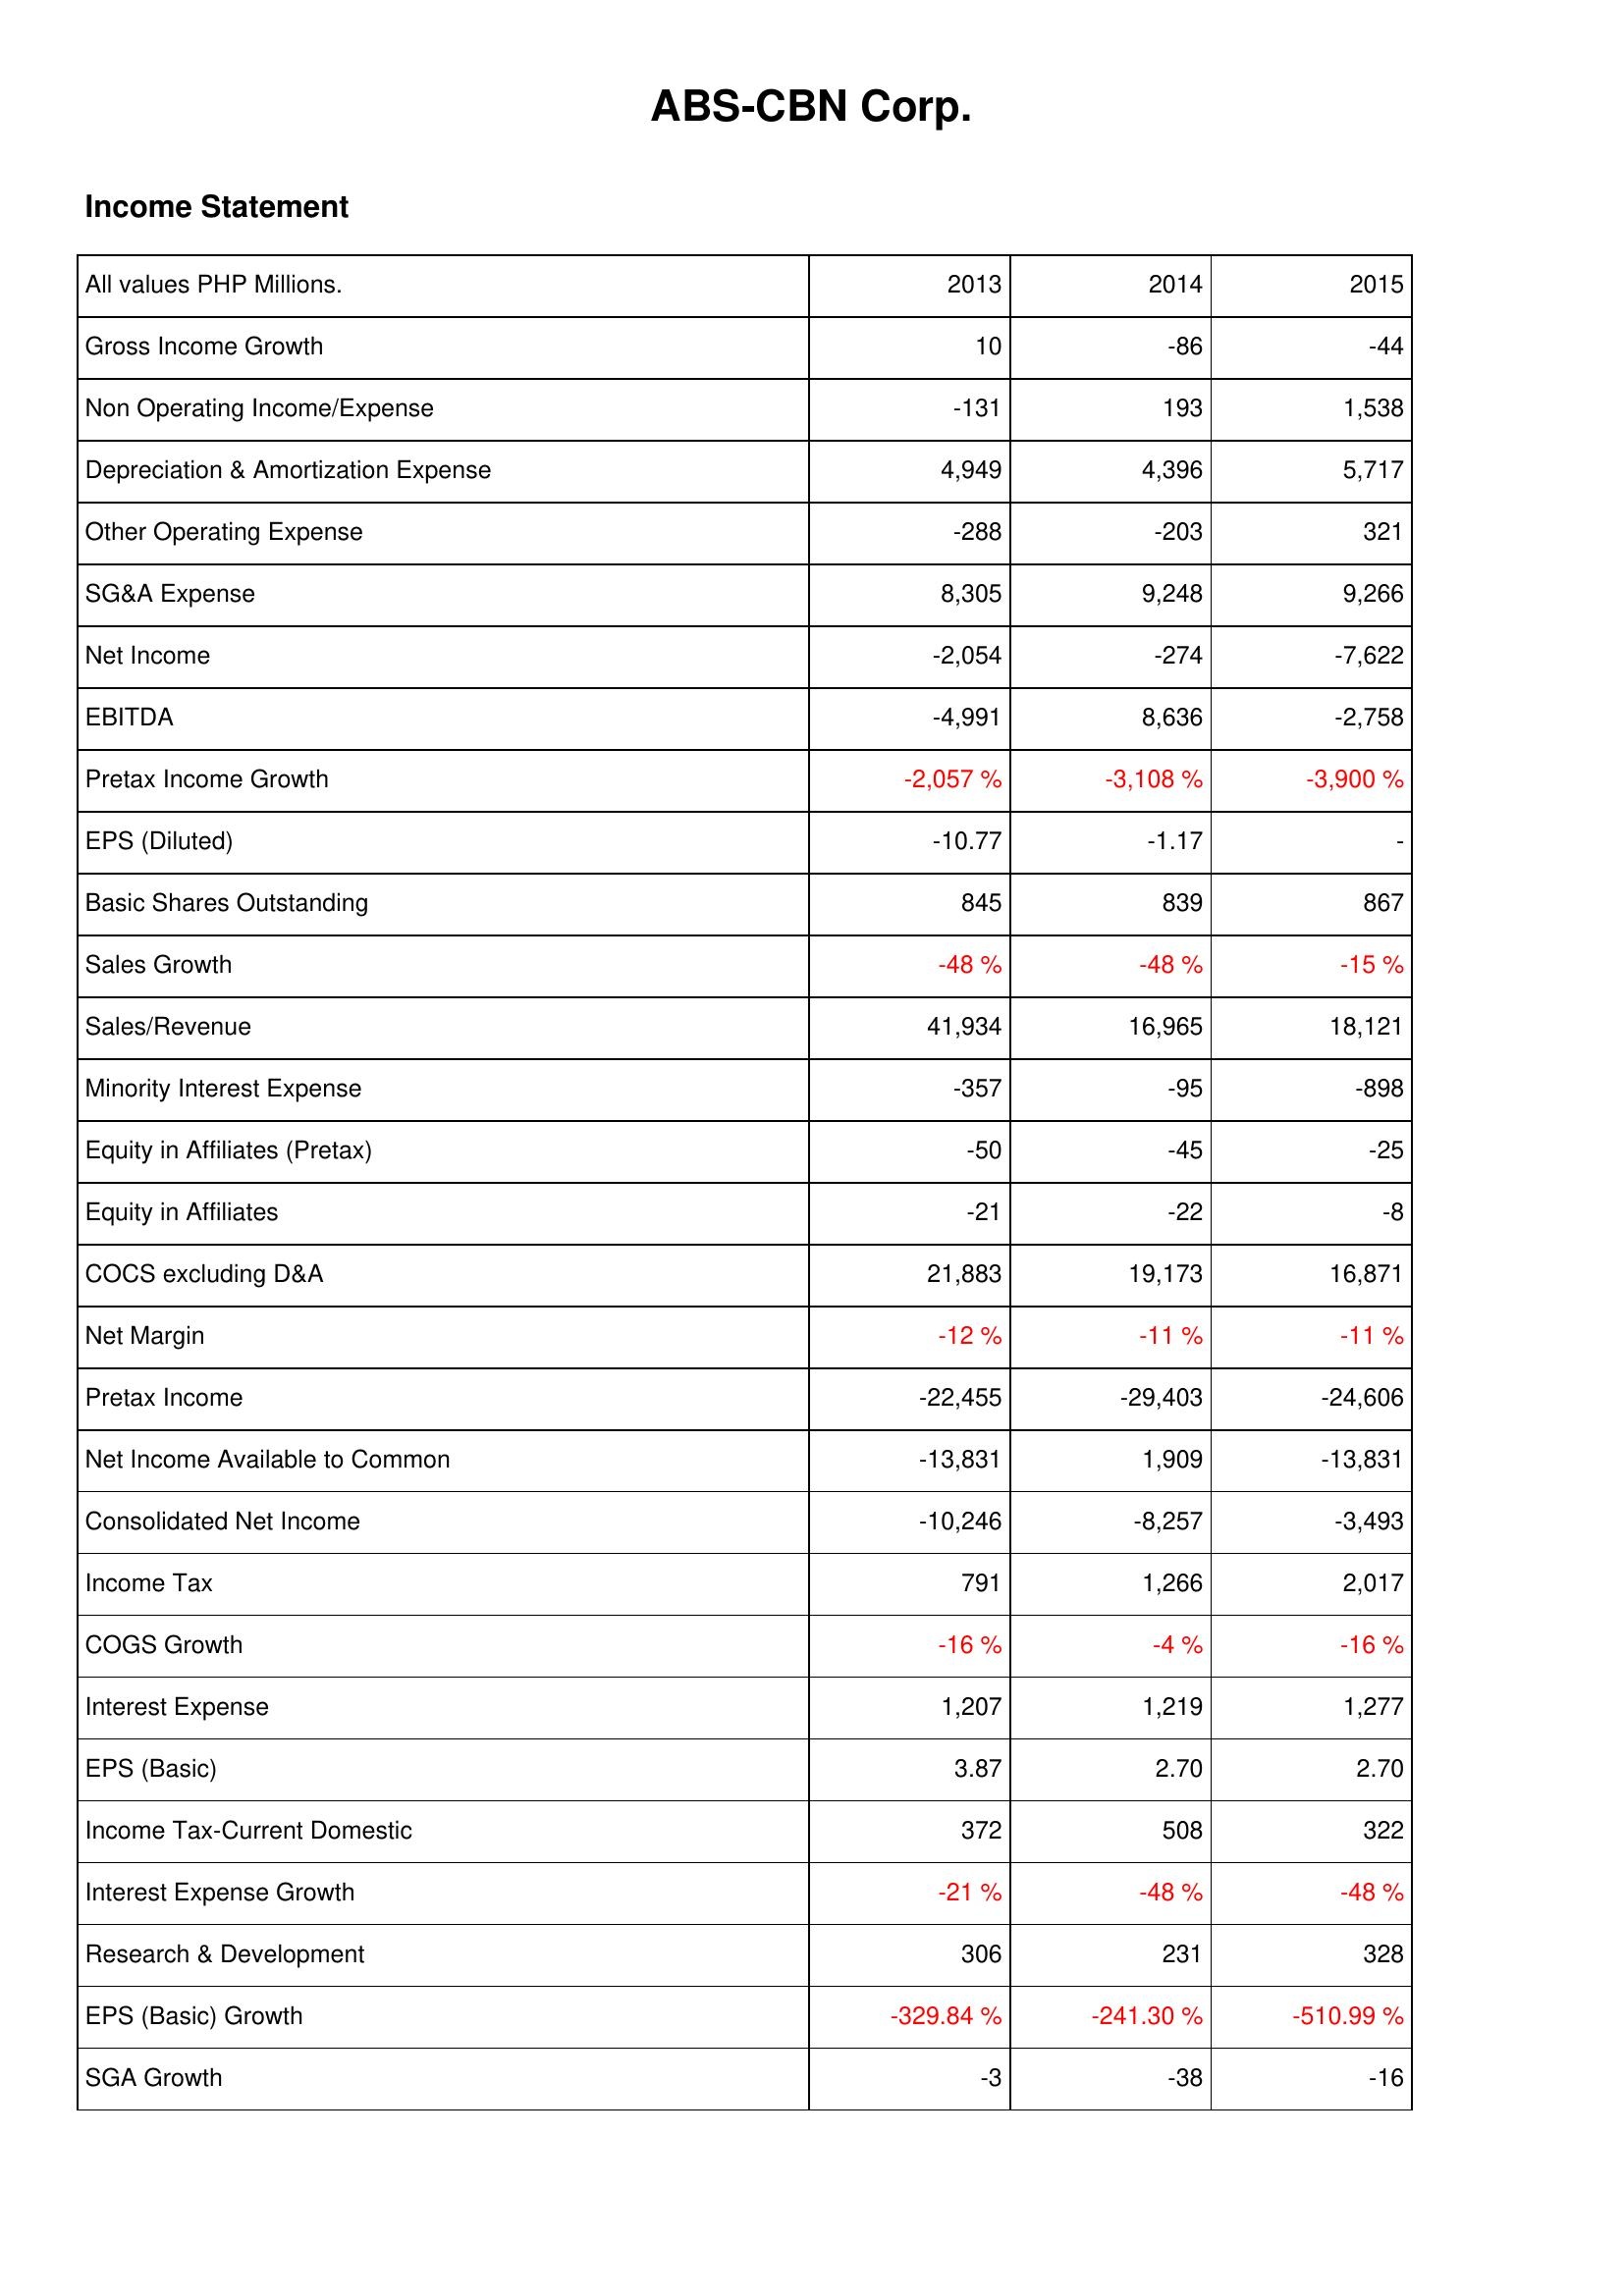
2013: Income Statement: Gross Income Growth: 10
Non Operating Income/Expense: -131
Depreciation & Amortization Expense: 4,949
Other Operating Expense: -288
SG&A Expense: 8,305
Net Income: -2,054
EBITDA: -4,991
Pretax Income Growth: -2,057 %
EPS (Diluted): -10.77
Basic Shares Outstanding: 845
Sales Growth: -48 %
Sales/Revenue: 41,934
Minority Interest Expense: -357
Equity in Affiliates (Pretax): -50
Equity in Affiliates: -21
COCS excluding D&A: 21,883
Net Margin: -12 %
Pretax Income: -22,455
Net Income Available to Common: -13,831
Consolidated Net Income: -10,246
Income Tax: 791
COGS Growth: -16 %
Interest Expense: 1,207
EPS (Basic): 3.87
Income Tax-Current Domestic: 372
Interest Expense Growth: -21 %
Research & Development: 306
EPS (Basic) Growth: -329.84 %
SGA Growth: -3
2014: Income Statement: Gross Income Growth: -86
Non Operating Income/Expense: 193
Depreciation & Amortization Expense: 4,396
Other Operating Expense: -203
SG&A Expense: 9,248
Net Income: -274
EBITDA: 8,636
Pretax Income Growth: -3,108 %
EPS (Diluted): -1.17
Basic Shares Outstanding: 839
Sales Growth: -48 %
Sales/Revenue: 16,965
Minority Interest Expense: -95
Equity in Affiliates (Pretax): -45
Equity in Affiliates: -22
COCS excluding D&A: 19,173
Net Margin: -11 %
Pretax Income: -29,403
Net Income Available to Common: 1,909
Consolidated Net Income: -8,257
Income Tax: 1,266
COGS Growth: -4 %
Interest Expense: 1,219
EPS (Basic): 2.70
Income Tax-Current Domestic: 508
Interest Expense Growth: -48 %
Research & Development: 231
EPS (Basic) Growth: -241.30 %
SGA Growth: -38
2015: Income Statement: Gross Income Growth: -44
Non Operating Income/Expense: 1,538
Depreciation & Amortization Expense: 5,717
Other Operating Expense: 321
SG&A Expense: 9,266
Net Income: -7,622
EBITDA: -2,758
Pretax Income Growth: -3,900 %
EPS (Diluted): -
Basic Shares Outstanding: 867
Sales Growth: -15 %
Sales/Revenue: 18,121
Minority Interest Expense: -898
Equity in Affiliates (Pretax): -25
Equity in Affiliates: -8
COCS excluding D&A: 16,871
Net Margin: -11 %
Pretax Income: -24,606
Net Income Available to Common: -13,831
Consolidated Net Income: -3,493
Income Tax: 2,017
COGS Growth: -16 %
Interest Expense: 1,277
EPS (Basic): 2.70
Income Tax-Current Domestic: 322
Interest Expense Growth: -48 %
Research & Development: 328
EPS (Basic) Growth: -510.99 %
SGA Growth: -16